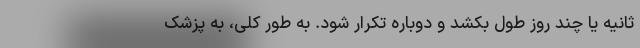
ثانیه یا چند روز طول بکشد و دوباره تکرار شود. به طور کلی، به پزشک